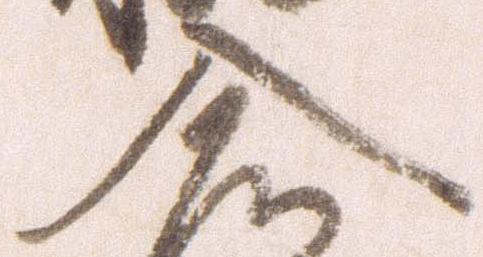
入